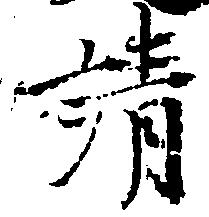
請